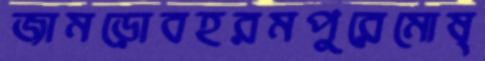
জামড়োবহরমপুরেমোষ্‌